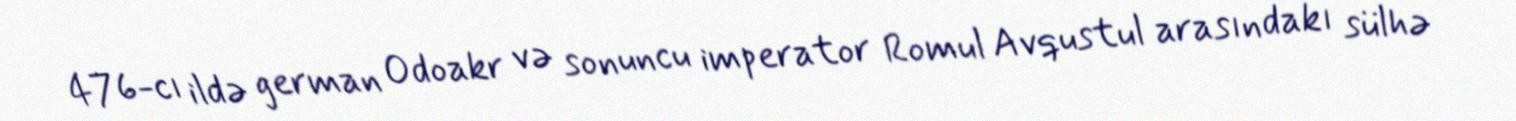
476-cı ildə german Odoakr və sonuncu imperator Romul Avqustul arasındakı sülhə